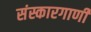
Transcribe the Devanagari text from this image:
संस्कारगाणी